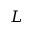
L